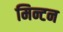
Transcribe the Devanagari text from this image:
मिन्टन